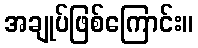
အချုပ်ဖြစ်ကြောင်း။